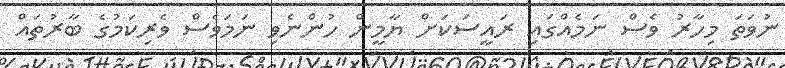
ނުވަތަ މިހާރު ވެސް ނަމެއްގައި ރައީސަކަށް ޔާމީން ހުންނެވި ނަމަވެސް ވެރިކަމުގެ ބާރުތައް